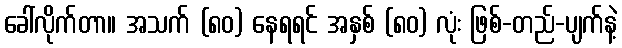
ခေါ်လိုက်တာ။ အသက် (၈၀) နေရရင် အနှစ် (၈၀) လုံး ဖြစ်-တည်-ပျက်နဲ့